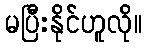
မပြီးနိုင်ဟူလို။